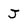
Character: J